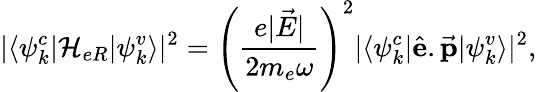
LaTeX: |\langle\psi_{k}^{c}\vert\mathcal{H}_{eR}\vert\psi_{k}^{v}\rangle|^{2}=\left(\frac{e|\vec{E}|}{2m_{e}\omega}\right)^{2}|\langle\psi_{k}^{c}\vert\hat{\textbf{e}}.\vec{\textbf{p}}\vert\psi_{k}^{v}\rangle|^{2},